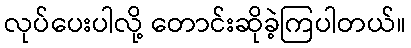
လုပ်ပေးပါလို့ တောင်းဆိုခဲ့ကြပါတယ်။